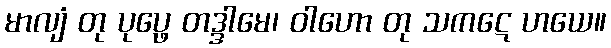
မာလျံ တု ပုပ္ဖေ တဒ္ဒါမေ၊ ဝါဟော တု သကဋေ ဟယေ။